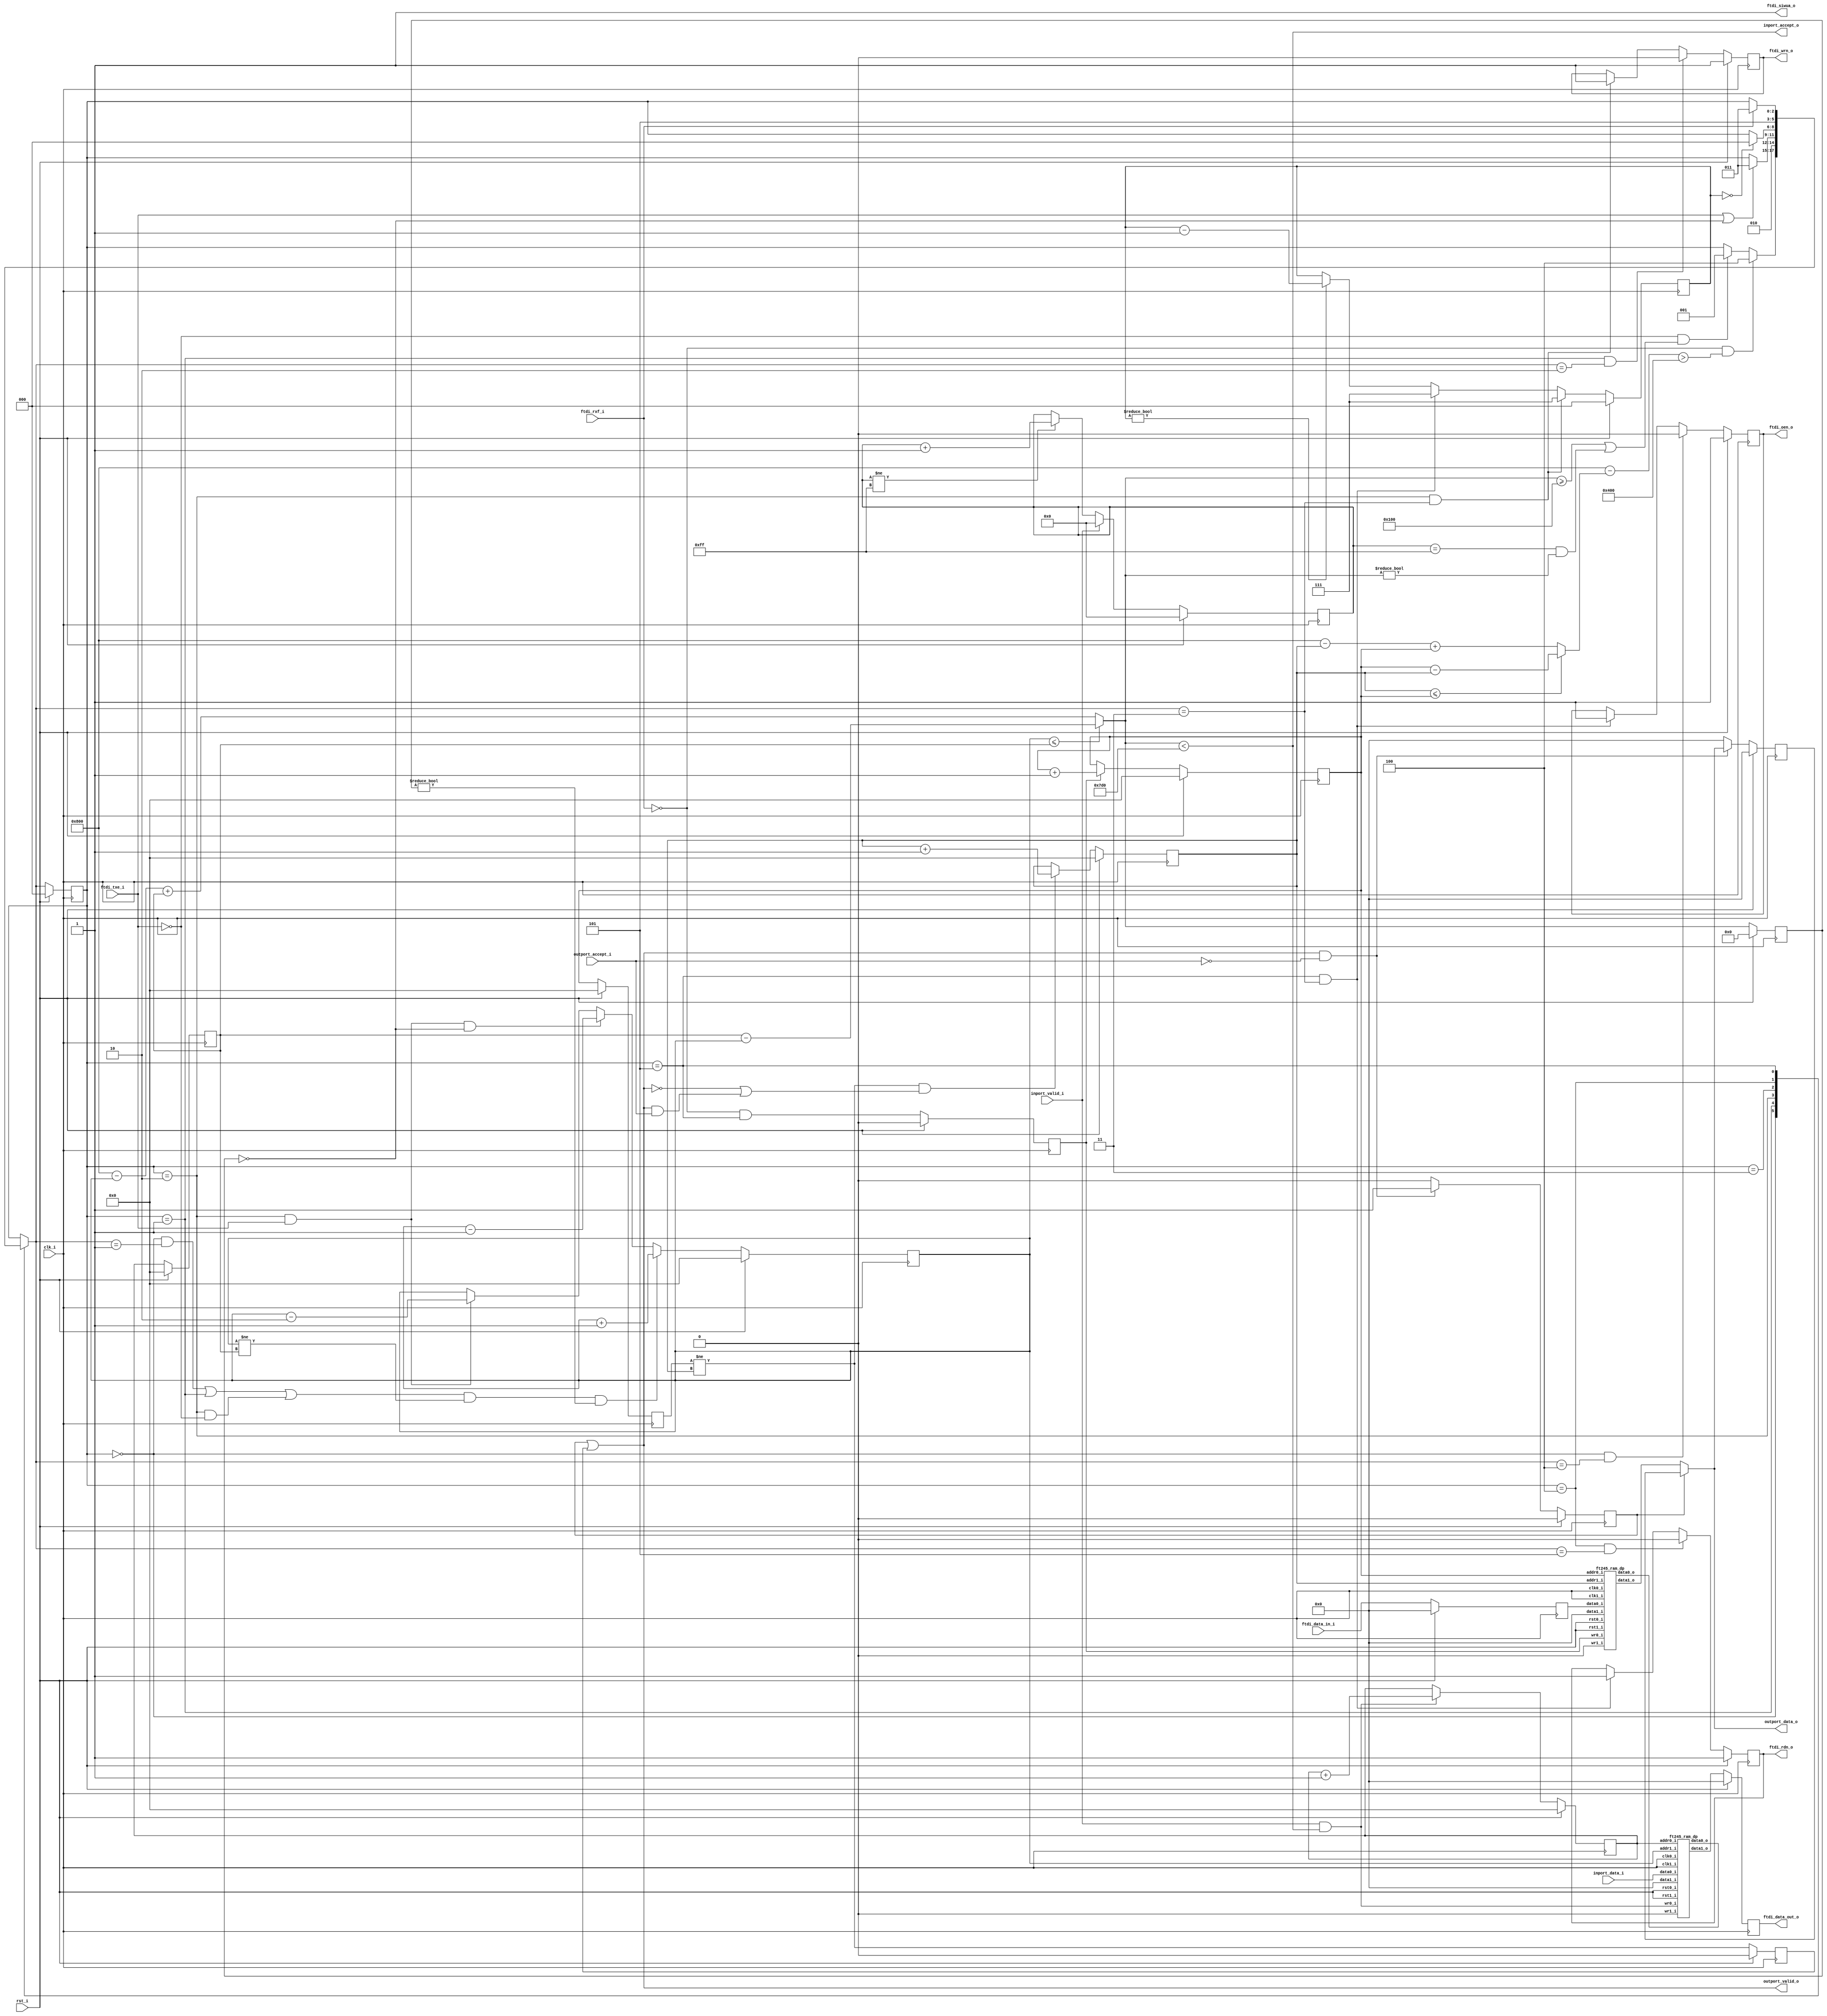
//-----------------------------------------------------------------
//                         open-logic-bit
//                            V0.1
//                        Copyright 2021
//              github.com/ultraembedded/openlogicbit
//
//                   admin@ultra-embedded.com
//
//                     License: Apache 2.0
//-----------------------------------------------------------------
// Copyright 2021 Ultra-Embedded.com
// 
// Licensed under the Apache License, Version 2.0 (the "License");
// you may not use this file except in compliance with the License.
// You may obtain a copy of the License at
// 
//     http://www.apache.org/licenses/LICENSE-2.0
// 
// Unless required by applicable law or agreed to in writing, software
// distributed under the License is distributed on an "AS IS" BASIS,
// WITHOUT WARRANTIES OR CONDITIONS OF ANY KIND, either express or implied.
// See the License for the specific language governing permissions and
// limitations under the License.
//-----------------------------------------------------------------
module ft245_fifo
(
    // Inputs
     input           clk_i
    ,input           rst_i
    ,input           ftdi_rxf_i
    ,input           ftdi_txe_i
    ,input  [  7:0]  ftdi_data_in_i
    ,input           inport_valid_i
    ,input  [  7:0]  inport_data_i
    ,input           outport_accept_i

    // Outputs
    ,output          ftdi_siwua_o
    ,output          ftdi_wrn_o
    ,output          ftdi_rdn_o
    ,output          ftdi_oen_o
    ,output [  7:0]  ftdi_data_out_o
    ,output          inport_accept_o
    ,output          outport_valid_o
    ,output [  7:0]  outport_data_o
);



//-----------------------------------------------------------------
// Rx RAM: FTDI -> Target
//-----------------------------------------------------------------
reg  [10:0] rx_wr_ptr_q;
wire [10:0] rx_wr_ptr_next_w = rx_wr_ptr_q + 11'd1;
reg  [10:0] rx_rd_ptr_q;
wire [10:0] rx_rd_ptr_next_w = rx_rd_ptr_q + 11'd1;

// Retime input data
reg  [7:0]  rd_data_q;
reg         rd_valid_q;
wire        rx_valid_w;

always @ (posedge clk_i )
if (rst_i)
    rd_valid_q  <= 1'b0;
else
    rd_valid_q  <= rx_valid_w;

always @ (posedge clk_i )
if (rst_i)
    rd_data_q  <= 8'b0;
else
    rd_data_q  <= ftdi_data_in_i;

// Write pointer
always @ (posedge clk_i )
if (rst_i)
    rx_wr_ptr_q  <= 11'b0;
else if (rd_valid_q)
    rx_wr_ptr_q  <= rx_wr_ptr_next_w;

wire [7:0] rx_data_w;

ft245_ram_dp
u_rx_ram
(
     .clk0_i(clk_i)
    ,.rst0_i(rst_i)
    ,.clk1_i(clk_i)
    ,.rst1_i(rst_i)

    // Write Port
    ,.wr0_i(rd_valid_q)
    ,.addr0_i(rx_wr_ptr_q)
    ,.data0_i(rd_data_q)
    ,.data0_o()

    // Read Port
    ,.wr1_i(1'b0)
    ,.addr1_i(rx_rd_ptr_q)
    ,.data1_i(8'b0)
    ,.data1_o(rx_data_w)
);

wire [11:0] rx_level_w = (rx_rd_ptr_q <= rx_wr_ptr_q) ? (rx_wr_ptr_q - rx_rd_ptr_q) : (12'd2048 - rx_rd_ptr_q) + rx_wr_ptr_q;
wire        rx_space_w = (12'd2048 - rx_level_w) > 12'd1024;

// Delayed write pointer
reg [10:0] rx_wr_ptr2_q;
always @ (posedge clk_i )
if (rst_i)
    rx_wr_ptr2_q  <= 11'b0;
else
    rx_wr_ptr2_q  <= rx_wr_ptr_q;

// Read Side
wire read_ok_w = (rx_wr_ptr2_q != rx_rd_ptr_q);
reg  rd_q;

always @ (posedge clk_i )
if (rst_i)
    rd_q <= 1'b0;
else
    rd_q <= read_ok_w;

always @ (posedge clk_i )
if (rst_i)
    rx_rd_ptr_q <= 11'b0;
// Read address increment
else if (read_ok_w && ((!outport_valid_o) || (outport_valid_o && outport_accept_i)))
    rx_rd_ptr_q <= rx_rd_ptr_next_w;

// Read Skid Buffer
reg        rd_skid_q;
reg [7:0]  rd_skid_data_q;

always @ (posedge clk_i )
if (rst_i)
begin
    rd_skid_q      <= 1'b0;
    rd_skid_data_q <= 8'b0;
end
else if (outport_valid_o && !outport_accept_i)
begin
    rd_skid_q      <= 1'b1;
    rd_skid_data_q <= outport_data_o;
end
else
begin
    rd_skid_q      <= 1'b0;
    rd_skid_data_q <= 8'b0;
end

assign outport_valid_o = rd_skid_q | rd_q;
assign outport_data_o  = rd_skid_q ? rd_skid_data_q : rx_data_w;

//-----------------------------------------------------------------
// Tx RAM: Target -> FTDI
//-----------------------------------------------------------------
reg  [10:0] tx_wr_ptr_q;
wire [10:0] tx_wr_ptr_next_w = tx_wr_ptr_q + 11'd1;
reg  [10:0] tx_rd_ptr_q;
wire [10:0] tx_rd_ptr_next_w = tx_rd_ptr_q + 11'd1;
wire [10:0] tx_rd_ptr_prev_w = tx_rd_ptr_q - 11'd2;

wire [7:0]  tx_data_w;

ft245_ram_dp
u_tx_ram
(
     .clk0_i(clk_i)
    ,.rst0_i(rst_i)
    ,.clk1_i(clk_i)
    ,.rst1_i(rst_i)

    // Write Port
    ,.wr0_i(inport_valid_i & inport_accept_o)
    ,.addr0_i(tx_wr_ptr_q)
    ,.data0_i(inport_data_i)
    ,.data0_o()

    // Read Port
    ,.wr1_i(1'b0)
    ,.addr1_i(tx_rd_ptr_q)
    ,.data1_i(8'b0)
    ,.data1_o(tx_data_w)
);

// Write pointer
always @ (posedge clk_i )
if (rst_i)
    tx_wr_ptr_q  <= 11'b0;
else if (inport_valid_i & inport_accept_o)
    tx_wr_ptr_q  <= tx_wr_ptr_next_w;

// Delayed write pointer (pesamistic)
reg  [10:0] tx_wr_ptr2_q;
always @ (posedge clk_i )
if (rst_i)
    tx_wr_ptr2_q  <= 11'b0;
else
    tx_wr_ptr2_q  <= tx_wr_ptr_q;

// Write push timeout
localparam TX_BACKOFF_THRESH = 16'h00FF;

reg [15:0] tx_idle_cycles_q;
always @ (posedge clk_i )
if (rst_i)
    tx_idle_cycles_q  <= 16'b0;
else if (inport_valid_i)
    tx_idle_cycles_q  <= 16'b0;
else if (tx_idle_cycles_q != TX_BACKOFF_THRESH)
    tx_idle_cycles_q <= tx_idle_cycles_q + 16'd1;

wire tx_timeout_w = (tx_idle_cycles_q == TX_BACKOFF_THRESH);

wire [11:0] tx_level_w = (tx_rd_ptr_q <= tx_wr_ptr2_q) ? (tx_wr_ptr2_q - tx_rd_ptr_q) : (12'd2048 - tx_rd_ptr_q) + tx_wr_ptr2_q;
wire        tx_ready_w = (tx_level_w >= (1024 / 4)) || (tx_timeout_w && tx_level_w != 12'd0);

assign inport_accept_o = (tx_level_w < 12'd2000);

reg [11:0] tx_level_q;

always @ (posedge clk_i )
if (rst_i)
    tx_level_q  <= 12'b0;
else
    tx_level_q  <= tx_level_w;

//-----------------------------------------------------------------
// Defines / Local params
//-----------------------------------------------------------------
localparam STATE_W           = 3;
localparam STATE_IDLE        = 3'd0;
localparam STATE_TX_START    = 3'd1;
localparam STATE_TX          = 3'd2;
localparam STATE_TURNAROUND  = 3'd3;
localparam STATE_RX_START    = 3'd4;
localparam STATE_RX          = 3'd5;

reg [STATE_W-1:0] state_q;

wire rx_ready_w = !ftdi_rxf_i;
wire tx_space_w = !ftdi_txe_i;

assign rx_valid_w = rx_ready_w & (state_q == STATE_RX);

//-----------------------------------------------------------------
// Next State Logic
//-----------------------------------------------------------------
reg [STATE_W-1:0] next_state_r;
reg [2:0]         state_count_q;
always @ *
begin
    next_state_r = state_q;

    case (state_q)
    //-----------------------------------------
    // STATE_IDLE
    //-----------------------------------------
    STATE_IDLE :
    begin
        if (rx_ready_w && rx_space_w)
            next_state_r = STATE_RX_START;
        else if (tx_space_w && tx_ready_w)
            next_state_r = STATE_TX_START; 
    end
    //-----------------------------------------
    // STATE_TX_START
    //-----------------------------------------
    STATE_TX_START :
    begin
        next_state_r  = STATE_TX;
    end
    //-----------------------------------------
    // STATE_TX
    //-----------------------------------------
    STATE_TX :
    begin
        if (!tx_space_w || tx_level_q == 12'd0)
            next_state_r  = STATE_TURNAROUND;
    end
    //-----------------------------------------
    // STATE_TURNAROUND
    //-----------------------------------------
    STATE_TURNAROUND :
    begin
        if (state_count_q == 3'b0)
            next_state_r  = STATE_IDLE;
    end
    //-----------------------------------------
    // STATE_RX_START
    //-----------------------------------------
    STATE_RX_START :
    begin
        next_state_r  = STATE_RX;
    end
    //-----------------------------------------
    // STATE_RX
    //-----------------------------------------
    STATE_RX :
    begin
        if (!rx_ready_w /*|| rx_full_next_w*/)
            next_state_r  = STATE_TURNAROUND;
    end
    default:
        ;
   endcase
end

// Update state
always @ (posedge clk_i )
if (rst_i)
    state_q   <= STATE_IDLE;
else
    state_q   <= next_state_r;

always @ (posedge clk_i )
if (rst_i)
    state_count_q   <= 3'b0;
else if (state_q == STATE_TX && next_state_r == STATE_TURNAROUND)
    state_count_q   <= 3'd7;
else if (state_q == STATE_RX && next_state_r == STATE_TURNAROUND)
    state_count_q   <= 3'd7;
else if (state_count_q != 3'b0)
    state_count_q   <= state_count_q - 3'd1;

// Read pointer
always @ (posedge clk_i )
if (rst_i)
    tx_rd_ptr_q <= 11'b0;
else if (((state_q == STATE_IDLE && next_state_r == STATE_TX_START) || (state_q == STATE_TX_START) || (state_q == STATE_TX && tx_space_w)) && (tx_rd_ptr_q != tx_wr_ptr2_q) && (tx_level_q != 12'b0))
    tx_rd_ptr_q <= tx_rd_ptr_next_w;
else if ((state_q == STATE_TX) && !tx_space_w && tx_level_q == 12'b0)
    tx_rd_ptr_q <= tx_rd_ptr_q - 11'd1;
else if ((state_q == STATE_TX) && !tx_space_w)
    tx_rd_ptr_q <= tx_rd_ptr_prev_w;

//-----------------------------------------------------------------
// RD/WR/OE
//-----------------------------------------------------------------
// Xilinx placement pragmas:
//synthesis attribute IOB of rdn_q is "TRUE"
//synthesis attribute IOB of wrn_q is "TRUE"
//synthesis attribute IOB of oen_q is "TRUE"
//synthesis attribute IOB of data_q is "TRUE"

reg        rdn_q;
reg        wrn_q;
reg        oen_q;
reg [7:0]  data_q;

always @ (posedge clk_i )
if (rst_i)
    oen_q   <= 1'b1;
else if (state_q == STATE_IDLE && next_state_r == STATE_RX_START)
    oen_q   <= 1'b0;
else if (state_q == STATE_RX && next_state_r == STATE_TURNAROUND)
    oen_q   <= 1'b1;

always @ (posedge clk_i )
if (rst_i)
    rdn_q   <= 1'b1;
else if (state_q == STATE_RX_START && next_state_r == STATE_RX)
    rdn_q   <= 1'b0;
else if (state_q == STATE_RX && next_state_r == STATE_TURNAROUND)
    rdn_q   <= 1'b1;

always @ (posedge clk_i )
if (rst_i)
    wrn_q   <= 1'b1;
else if (state_q == STATE_TX_START && next_state_r == STATE_TX)
    wrn_q   <= 1'b0;
else if (state_q == STATE_TX && next_state_r == STATE_TURNAROUND)
    wrn_q   <= 1'b1;

always @ (posedge clk_i )
if (rst_i)
    data_q  <= 8'b0;
else
    data_q  <= tx_data_w;

assign ftdi_wrn_o      = wrn_q;
assign ftdi_rdn_o      = rdn_q;
assign ftdi_oen_o      = oen_q;
assign ftdi_data_out_o = data_q;
assign ftdi_siwua_o    = 1'b1;

endmodule


module ft245_ram_dp
(
    // Inputs
     input           clk0_i
    ,input           rst0_i
    ,input  [ 10:0]  addr0_i
    ,input  [ 7:0]   data0_i
    ,input           wr0_i
    ,input           clk1_i
    ,input           rst1_i
    ,input  [ 10:0]  addr1_i
    ,input  [ 7:0]   data1_i
    ,input           wr1_i

    // Outputs
    ,output [ 7:0]   data0_o
    ,output [ 7:0]   data1_o
);

//-----------------------------------------------------------------
// Dual Port RAM 2KB
// Mode: Read First
//-----------------------------------------------------------------
/* verilator lint_off MULTIDRIVEN */
reg [7:0]   ram [2047:0] /*verilator public*/;
/* verilator lint_on MULTIDRIVEN */

reg [7:0] ram_read0_q;
reg [7:0] ram_read1_q;


// Synchronous write
always @ (posedge clk0_i)
begin
    if (wr0_i)
        ram[addr0_i][7:0] <= data0_i[7:0];

    ram_read0_q <= ram[addr0_i];
end

always @ (posedge clk1_i)
begin
    if (wr1_i)
        ram[addr1_i][7:0] <= data1_i[7:0];

    ram_read1_q <= ram[addr1_i];
end

assign data0_o = ram_read0_q;
assign data1_o = ram_read1_q;


endmodule